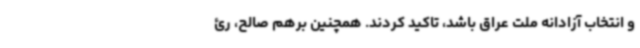
و انتخاب آزادانه ملت عراق باشد، تاکید کردند. همچنین برهم صالح، رئ